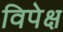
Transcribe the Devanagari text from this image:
विपेक्ष